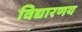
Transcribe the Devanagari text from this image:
विद्यारणय